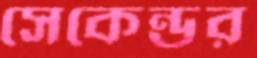
সেকেন্ডর